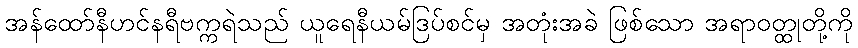
အန်ထော်နီဟင်နရီဗက္ကရဲသည် ယူရေနီယမ်ဒြပ်စင်မှ အတုံးအခဲ ဖြစ်သော အရာဝတ္ထုတို့ကို